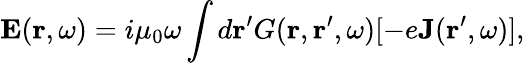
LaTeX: \mathbf{E}(\mathbf{r},\omega)=i\mu_{0}\omega\int d\mathbf{r}^{\prime}G(\mathbf{r},\mathbf{r}^{\prime},\omega)[-e\mathbf{J}(\mathbf{r}^{\prime},\omega)],